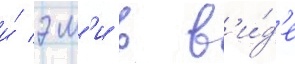
и́ эм'и в в'и́д'е